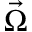
\vec { \Omega }